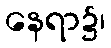
နေရာ၌၊